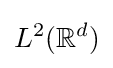
L^{2}(\mathbb {R} ^{d})